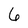
Character: 6